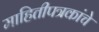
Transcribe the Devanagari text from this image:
माहितीपत्रकांचे